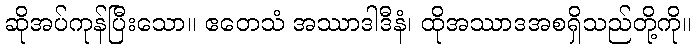
ဆိုအပ်ကုန်ပြီးသော။ ဧတေသံ အဿာဒါဒီနံ၊ ထိုအဿာဒအစရှိသည်တို့ကို။